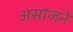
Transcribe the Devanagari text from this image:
असांजने